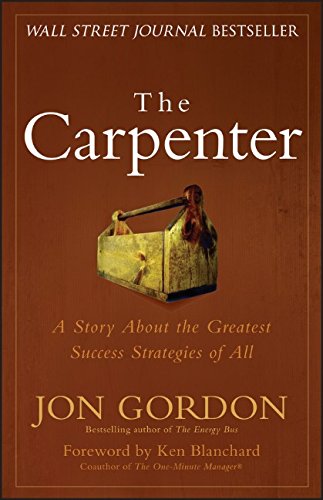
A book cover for The Carpenter: A Story About the Greatest Success Strategies of All; Jon Gordon; Business & Money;